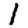
Digit: 1